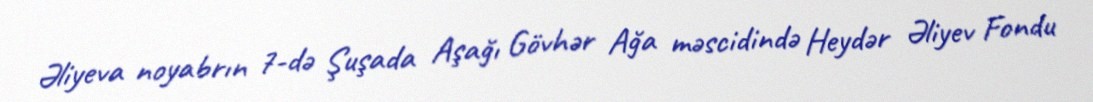
Əliyeva noyabrın 7-də Şuşada Aşağı Gövhər Ağa məscidində Heydər Əliyev Fondu